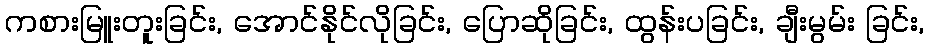
ကစားမြူးတူးခြင်း, အောင်နိုင်လိုခြင်း, ပြောဆိုခြင်း, ထွန်းပခြင်း, ချီးမွမ်း ခြင်း,